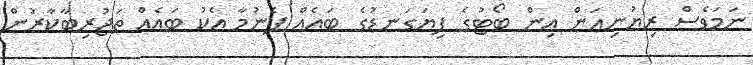
ނަމަވެސް ރިޔުނިއަން އިން ބޯޓުގެ ފިޔަގަނޑުގެ ބައެއް ފެނުމާ އެކު ބައެއް ތަޖުރިބާކާރުން